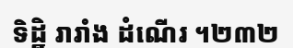
ទិដ្ឋិ រារាំង ដំណើរ ។២៣២